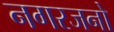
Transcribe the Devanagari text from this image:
नगरजनो